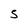
Character: S